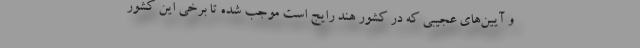
و آیین‌های عجیبی که در کشور هند رایج است موجب شده تا برخی این کشور